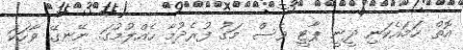
އޮތް ހަމައެކަނި ދީނީ ޕާޓީ ވެސް މަގު ފުރެދުމާ ހެއްލުމުގަ. ނޭނގޭ ވާހަކަ